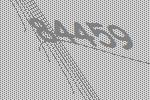
84459